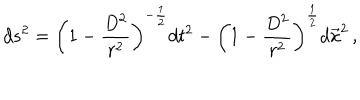
LaTeX: d s ^ { 2 } = \left( 1 - \frac { D ^ { 2 } } { r ^ { 2 } } \right) ^ { - \frac { 1 } { 2 } } d t ^ { 2 } - \left( 1 - \frac { D ^ { 2 } } { r ^ { 2 } } \right) ^ { \frac { 1 } { 2 } } d \vec { x } ^ { 2 } \, ,